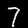
Digit: 7